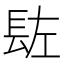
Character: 䦈